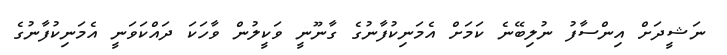
ނަޝީދަށް އިންސާފު ނުލިބޭނެ ކަމަށް އެމަނިކުފާނުގެ ގާނޫނީ ވަކީލުން ވާހަކަ ދައްކަވަނީ އެމަނިކުފާނުގެ